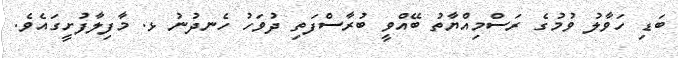
ބަޑި ހަވާލު ވުމުގެ ރަސްމިއްޔާތު ބޭއްވީ ބުރާސްފަތި ދުވަހު ހެނދުނު ޅ. މާފިލާފުށީގައެވެ.